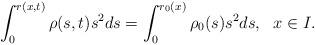
LaTeX: \begin{align*}\int_0^{r(x, t)}\rho(s, t)s^2ds=\int_0^{r_0(x)} \rho_0(s) s^2ds, \ \ x\in I.\end{align*}